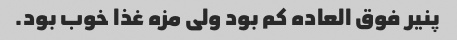
پنیر فوق العاده کم بود ولی مزه غذا خوب بود.